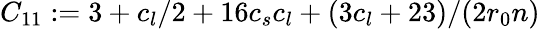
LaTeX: C_{11}:=3+c_{l}/2+16c_{s}c_{l}+(3c_{l}+23)/(2r_{0}n)